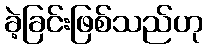
ခဲ့ခြင်းဖြစ်သည်ဟု